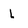
Character: L